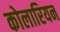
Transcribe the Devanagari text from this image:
कोलारियन